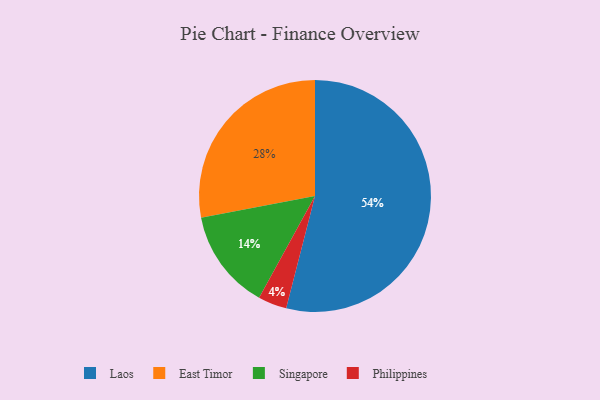
{"axis": {"x": "Category", "y": "Percentage"}, "legend": ["East Timor", "Laos", "Philippines", "Singapore"], "data": [{"x": "Singapore", "y": 14, "type": "Singapore"}, {"x": "Philippines", "y": 4, "type": "Philippines"}, {"x": "Laos", "y": 54, "type": "Laos"}, {"x": "East Timor", "y": 28, "type": "East Timor"}]}